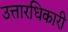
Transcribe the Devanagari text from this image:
उत्तारधिकारी